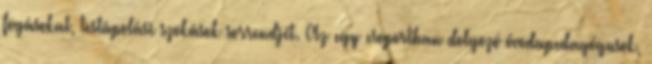
fogásokat, testápolási szokások sorrendjét. Az egy csoportban dolgozó óvodapedagógusok,